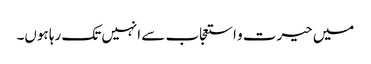
میں حیرت و استعجاب سے انہیں تک رہا ہوں۔